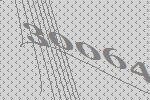
30064